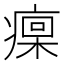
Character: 𤹄